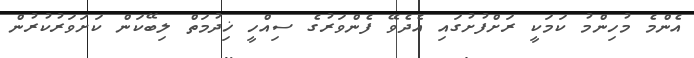
އެންމެ މުހިންމު ކަމަކީ ރަށްފުށުގައި އެދެވޭ ފެންވަރުގެ ސިއްހީ ޚިދުމަތް ލިބޭކަން ކަށަވަރުކުރުން